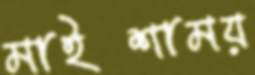
মাইশাময়